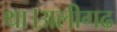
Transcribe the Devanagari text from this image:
था।अलीगढ